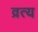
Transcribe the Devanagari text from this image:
व्रत्य